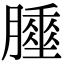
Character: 𦡘